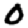
Digit: 0